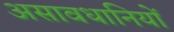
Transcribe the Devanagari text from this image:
असावधानियों